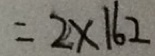
= 2 \times 1 6 2